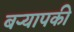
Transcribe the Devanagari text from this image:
बर्‍यापकी